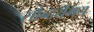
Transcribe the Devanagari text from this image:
सौन्दर्यमय